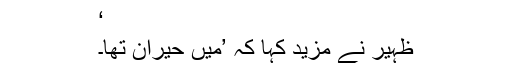
‘
ظہیر نے مزید کہا کہ ’میں حیران تھا۔